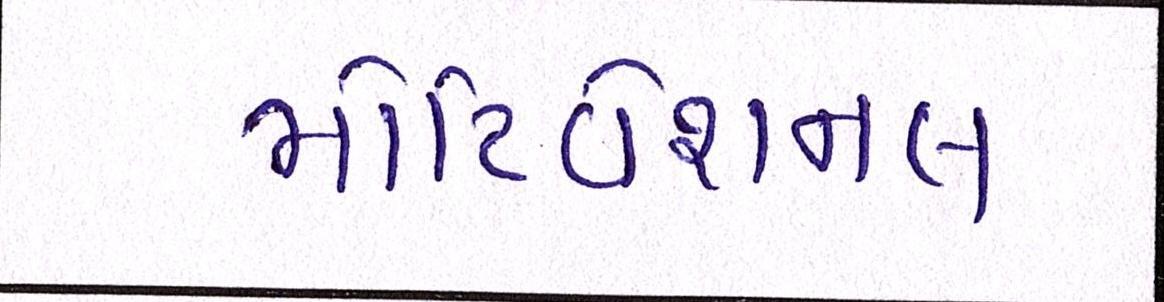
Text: મોટિવેશનલ